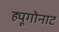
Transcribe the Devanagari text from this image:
ह्यूगोनाट